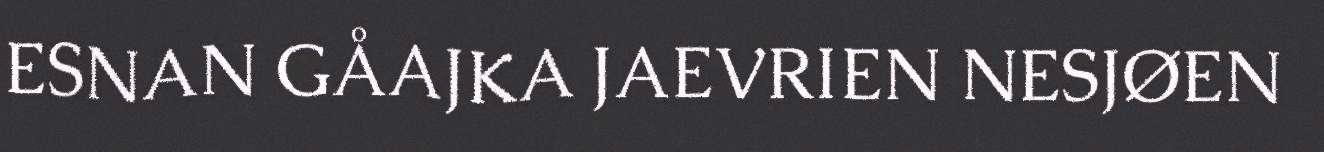
ESNAN GÅAJKA JAEVRIEN NESJØEN